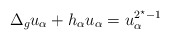
\begin{align*}\Delta_gu_\alpha + h_\alpha u_\alpha = u_\alpha^{2^\star-1}\end{align*}